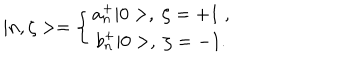
| n , \zeta > = \left\{ \begin{array} { c } { { a _ { n } ^ { + } | 0 > , \; \zeta = + 1 \; , } } \\ { { b _ { n } ^ { + } | 0 > , \; \zeta = - 1 . } } \\ \end{array} \right.